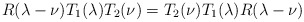
\begin{align*}R (\lambda - \nu) T_1 (\lambda) T_2 (\nu) = T_2 (\nu) T_1 (\lambda)R (\lambda - \nu)\end{align*}